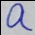
a